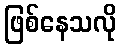
ဖြစ်နေသလို